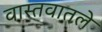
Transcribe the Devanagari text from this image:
वास्तवातले